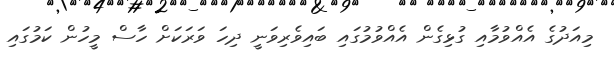
މިއަދުގެ އެއްވުމާއި ގުޅިގެން އެއްވުމުގައި ބައިވެރިވަނީ ދިހަ ވަރަކަށް ހާސް މީހުން ކަމުގައި